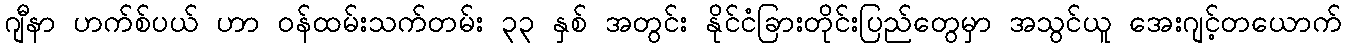
ဂျီနာ ဟက်စ်ပယ် ဟာ ဝန်ထမ်းသက်တမ်း ၃၃ နှစ် အတွင်း နိုင်ငံခြားတိုင်းပြည်တွေမှာ အသွင်ယူ အေးဂျင့်တယောက်